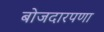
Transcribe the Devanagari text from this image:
बोजदारपणा